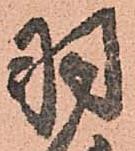
羽